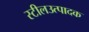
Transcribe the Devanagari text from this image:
स्टीलउत्पादक